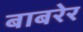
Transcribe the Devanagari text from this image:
बाबरेर